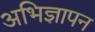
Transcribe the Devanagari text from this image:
अभिज्ञापन